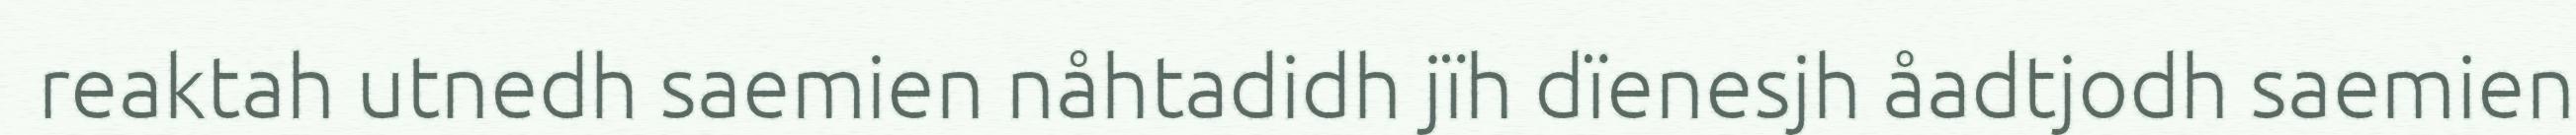
reaktah utnedh saemien nåhtadidh jïh dïenesjh åadtjodh saemien